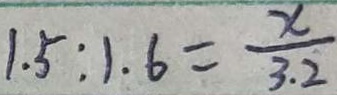
1 . 5 : 1 . 6 = \frac { x } { 3 . 2 }